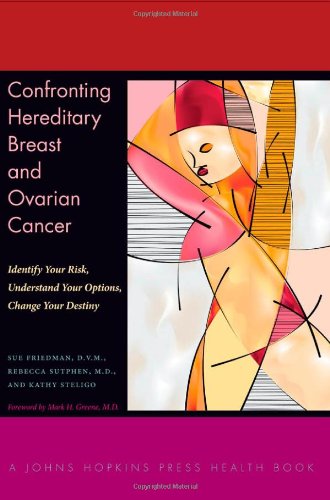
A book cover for Confronting Hereditary Breast and Ovarian Cancer: Identify Your Risk, Understand Your Options, Change Your Destiny (A Johns Hopkins Press Health Book); Sue Friedman; Health, Fitness & Dieting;